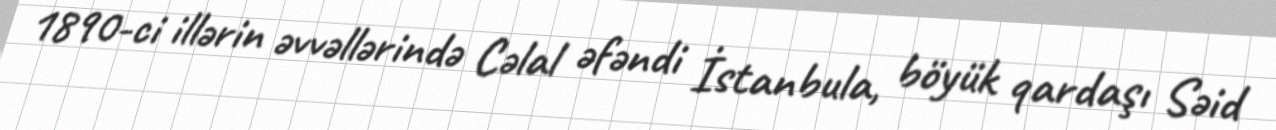
1890-ci illərin əvvəllərində Cəlal əfəndi İstanbula, böyük qardaşı Səid